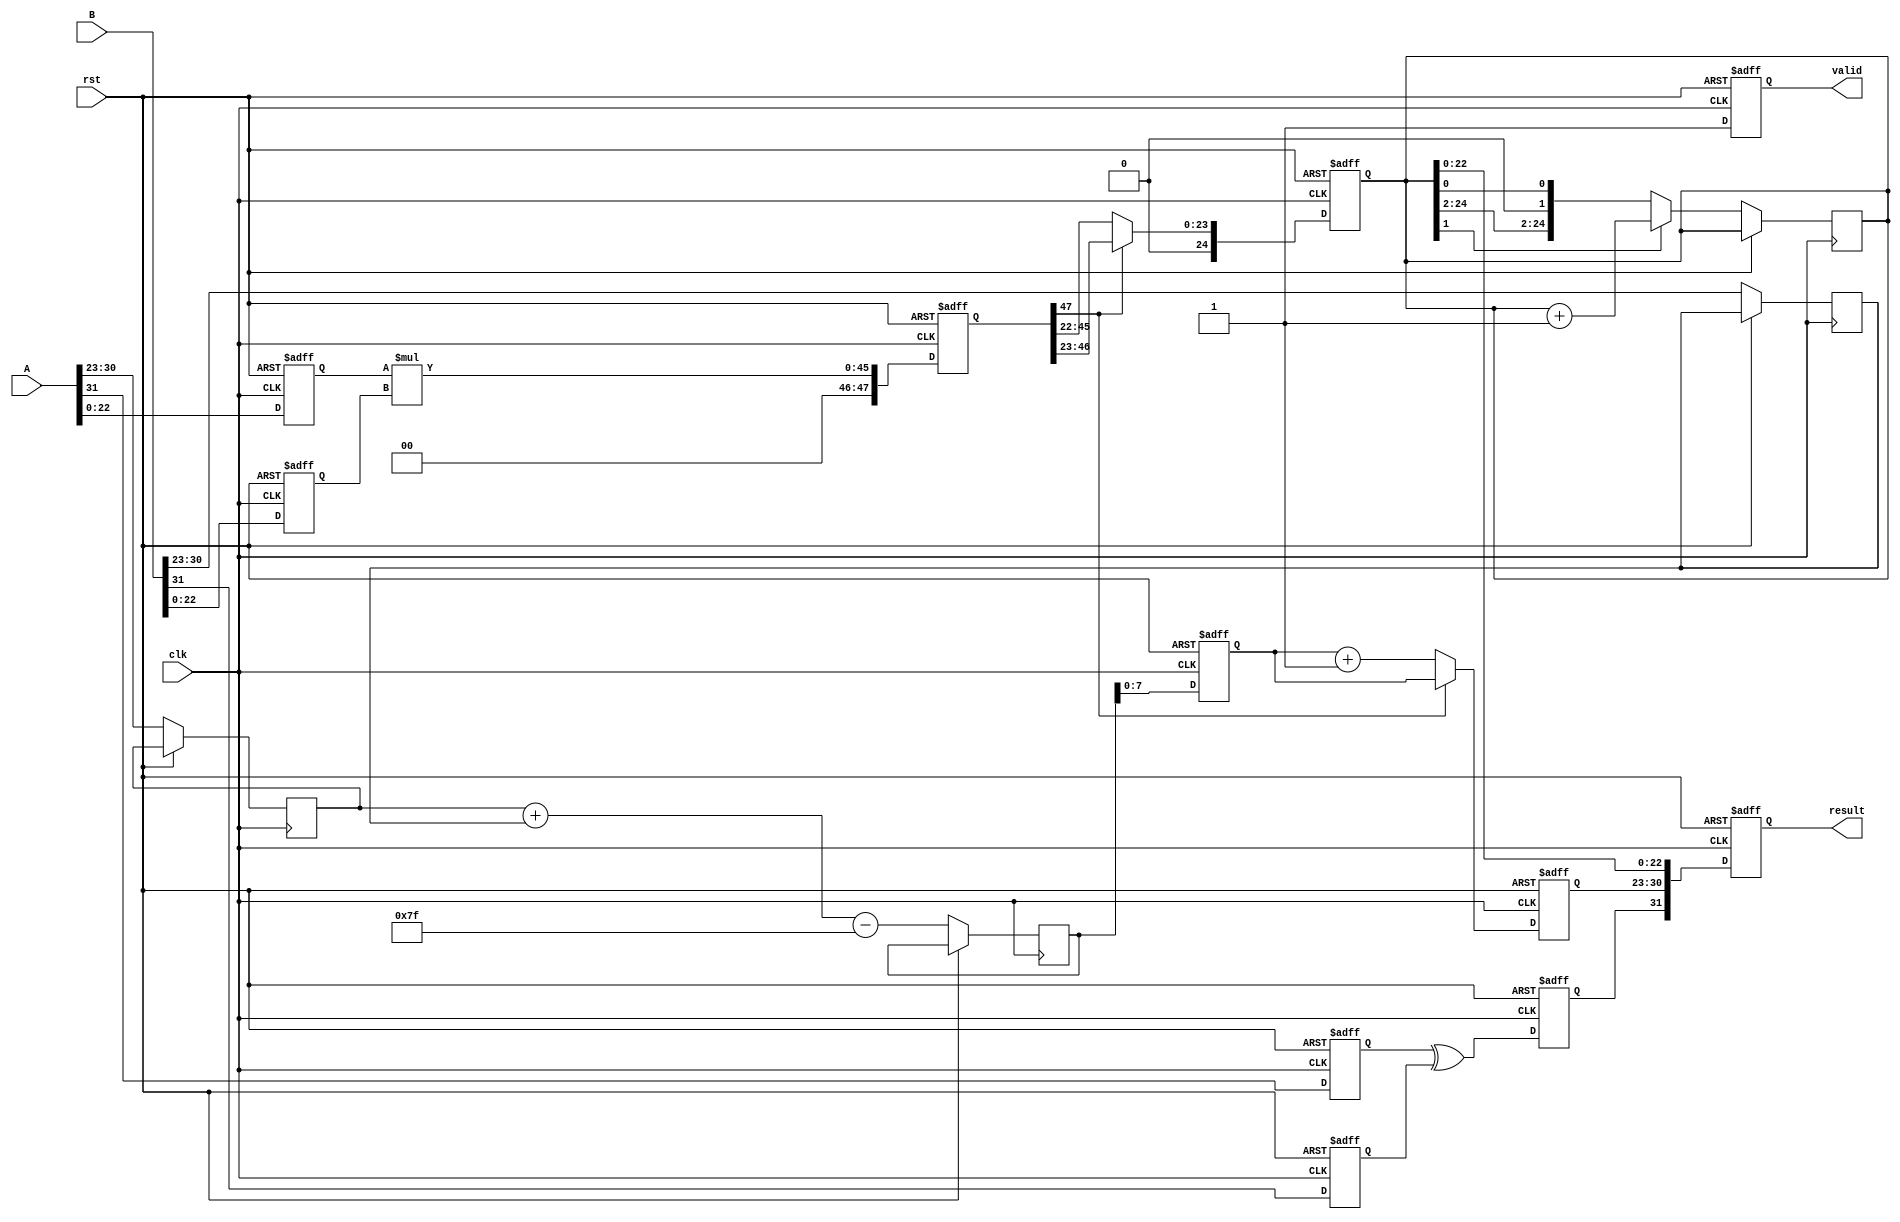
module pipelined_fp_multiplier (
    input clk,
    input rst,
    input [31:0] A, // Floating-point operand A
    input [31:0] B, // Floating-point operand B
    output reg [31:0] result, // Result of the multiplication
    output reg valid // Indicates when the result is valid
);

// Internal signals
reg [0:0] sign_A, sign_B, sign_result;
reg [7:0] exponent_A, exponent_B, exponent_result;
reg [22:0] mantissa_A, mantissa_B, mantissa_result;
reg [47:0] mantissa_product; // Intermediate product of mantissas
reg [8:0] exponent_temp; // Temporary exponent holder for normalization
reg [24:0] normalized_mantissa; // Normalized mantissa
reg [7:0] rounded_exponent; // Exponent after rounding adjustment

// Stage 1: Input Preparation
always @(posedge clk or posedge rst) begin
    if (rst) begin
        // Reset all signals
        sign_A <= 1'b0;
        sign_B <= 1'b0;
        mantissa_A <= 23'b0;
        mantissa_B <= 23'b0;
    end else begin
        sign_A <= A[31];
        exponent_A <= A[30:23];
        mantissa_A <= {1'b1, A[22:0]}; // Include implicit leading one
        
        sign_B <= B[31];
        exponent_B <= B[30:23];
        mantissa_B <= {1'b1, B[22:0]}; // Include implicit leading one
    end
end

// Stage 2: Sign and Exponent Calculation
always @(posedge clk or posedge rst) begin
    if (rst) begin
        sign_result <= 1'b0;
        exponent_result <= 8'b0;
    end else begin
        sign_result <= sign_A ^ sign_B; // XOR for sign
        exponent_temp <= {1'b0, exponent_A} + {1'b0, exponent_B} - 8'd127; // Subtract bias
        exponent_result <= exponent_temp[7:0];
    end
end

// Stage 3: Mantissa Multiplication
always @(posedge clk or posedge rst) begin
    if (rst) begin
        mantissa_product <= 48'b0;
    end else begin
        mantissa_product <= mantissa_A * mantissa_B; // Mantissa multiplication
    end
end

// Stage 4: Normalization
always @(posedge clk or posedge rst) begin
    if (rst) begin
        normalized_mantissa <= 25'b0;
        rounded_exponent <= 8'b0;
    end else begin
        // Check for normalization
        if (mantissa_product[47]) begin // If the leading bit is 1 (no normalization needed)
            normalized_mantissa <= mantissa_product[46:23]; // Normalized
            rounded_exponent <= exponent_result; // No change
        end else begin // Normalization required
            normalized_mantissa <= mantissa_product[45:22]; // Shift right
            rounded_exponent <= exponent_result + 1; // Increment exponent
        end
    end
end

// Stage 5: Rounding
always @(posedge clk or posedge rst) begin
    if (rst) begin
        result <= 32'b0;
    end else begin
        // Rounding to nearest even (basic implementation)
        if (normalized_mantissa[1]) begin // Check if rounding is needed
            normalized_mantissa <= normalized_mantissa + 1;
        end
        result <= {sign_result, rounded_exponent, normalized_mantissa[22:0]};
    end
end

// Stage 6: Output Preparation
always @(posedge clk or posedge rst) begin
    if (rst) begin
        valid <= 1'b0;
    end else begin
        valid <= 1'b1; // Indicate the result is valid
    end
end

endmodule